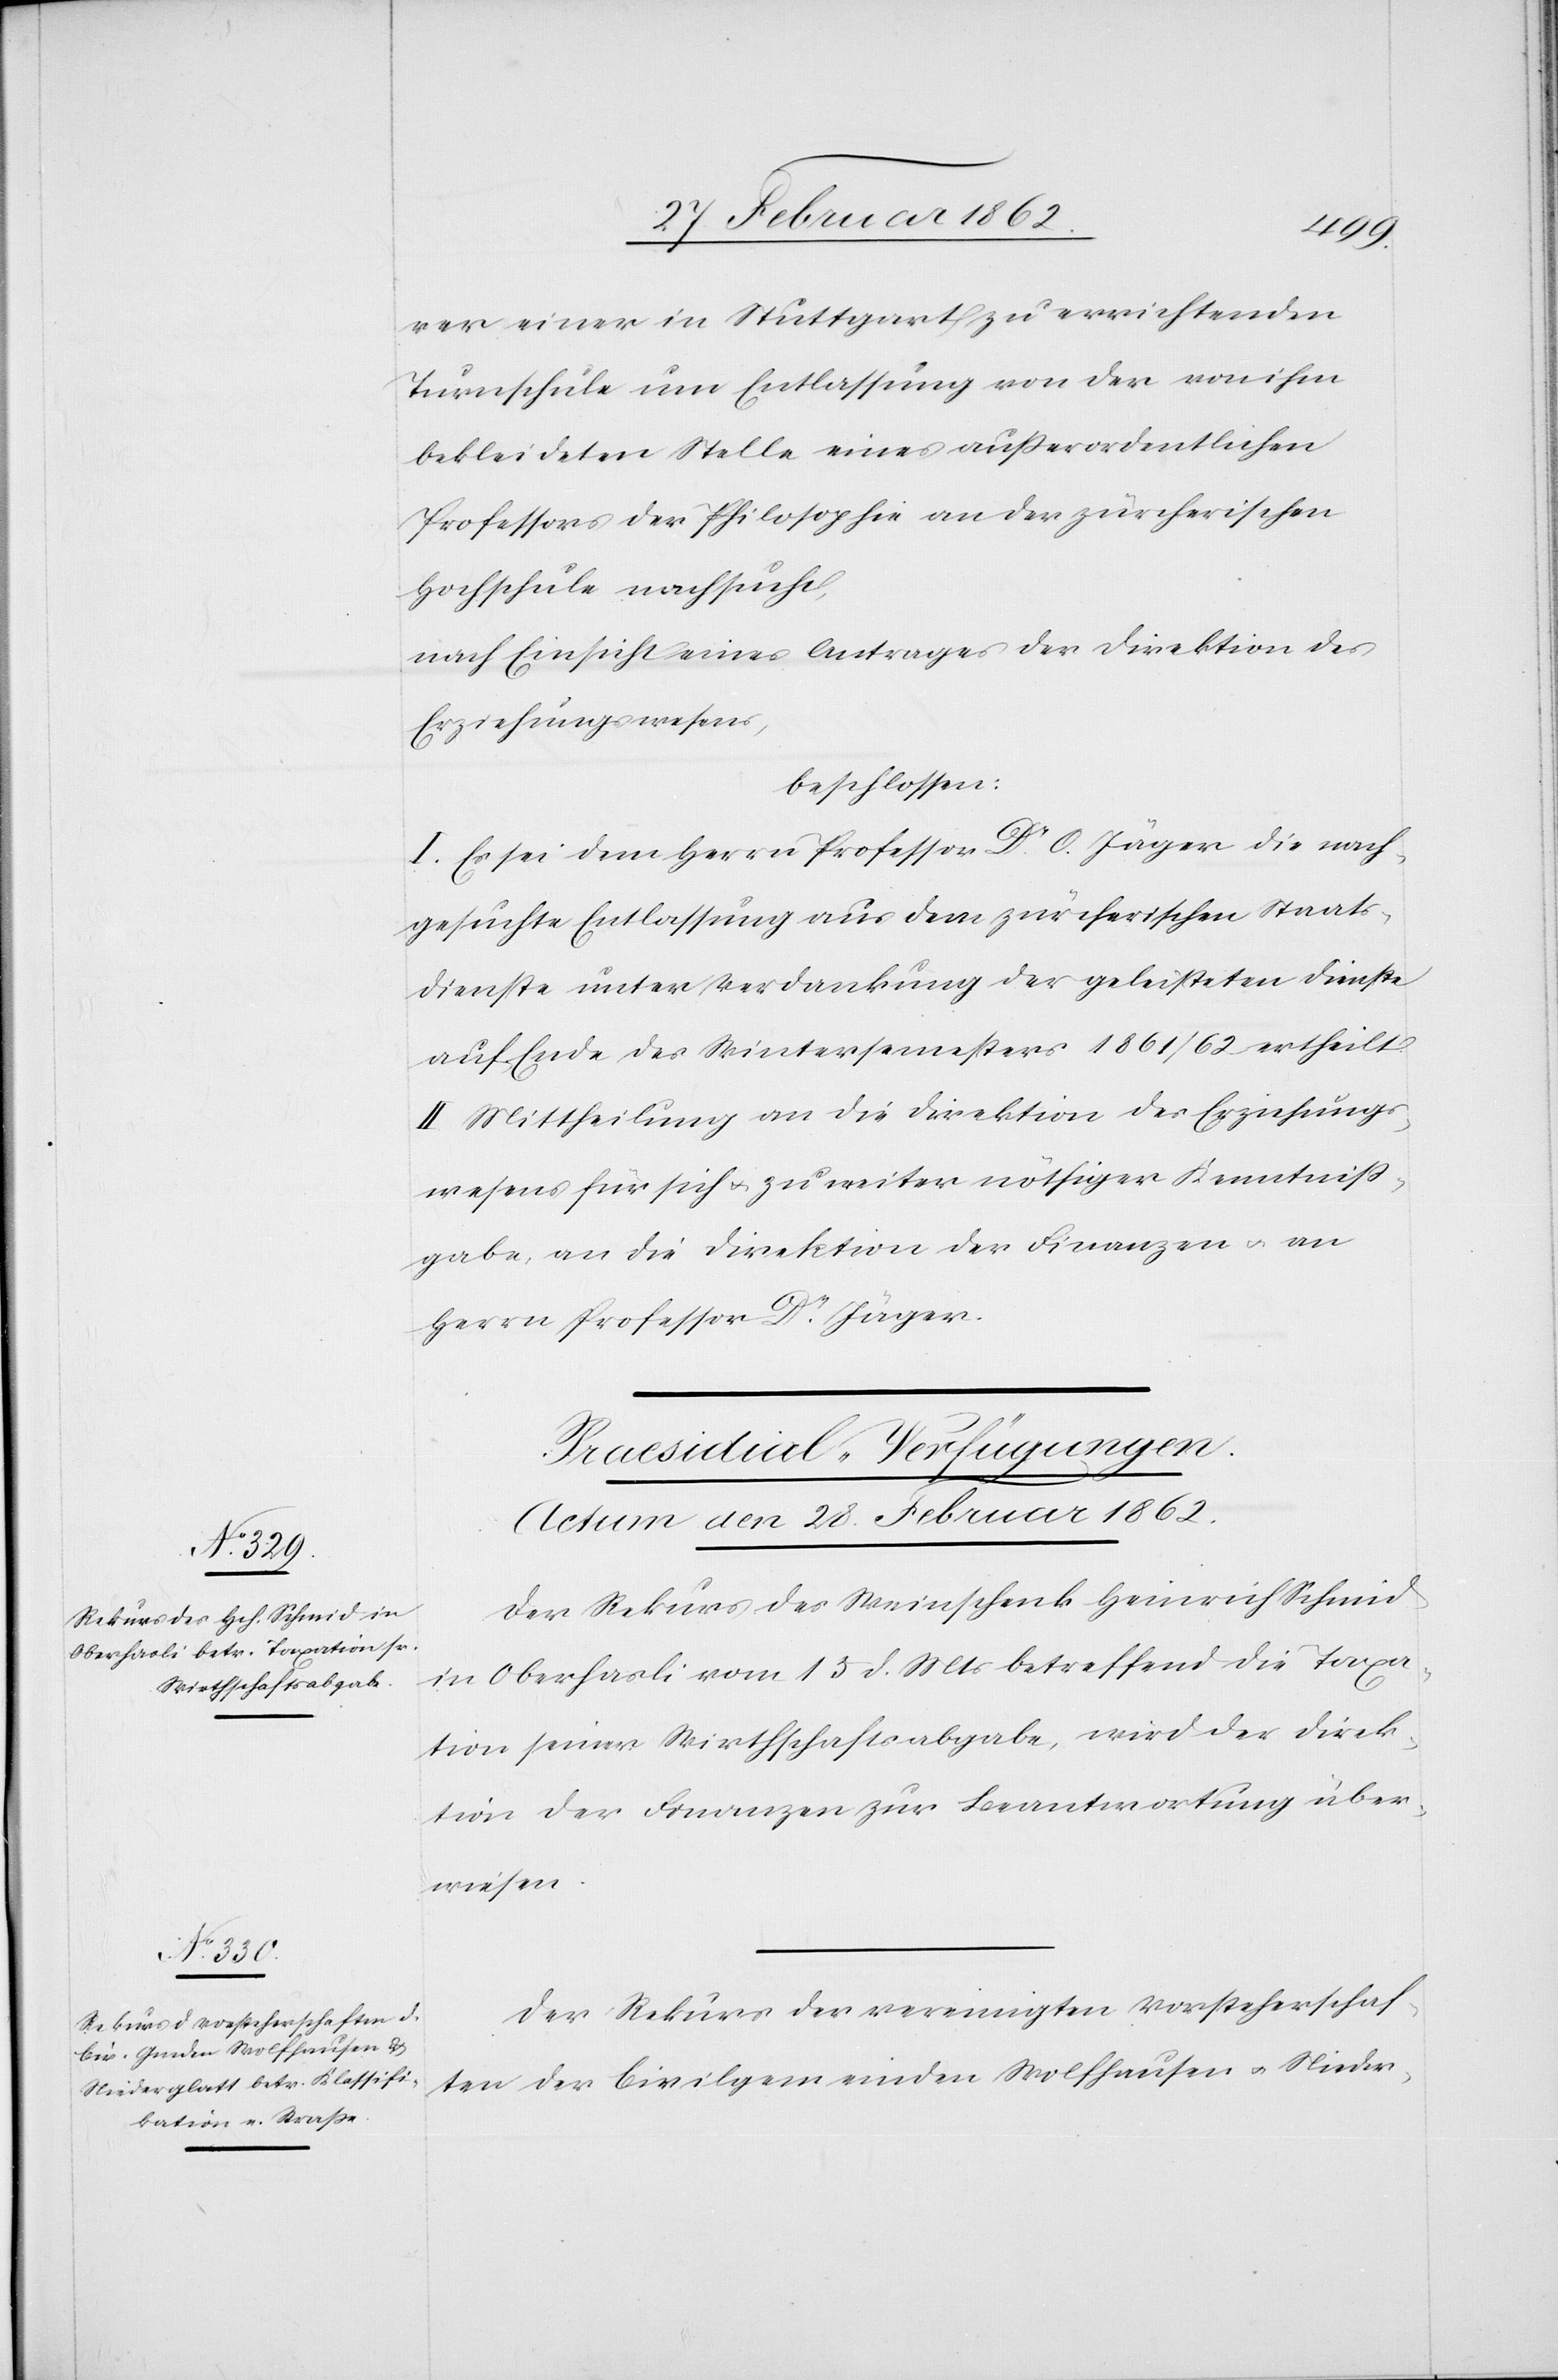
rer einer in Stuttgart zu errichtenden
Turnschule um Entlassung von der von ihm
bekleideten Stelle eines außerordentlichen
Professors der Philosophie an der zürcherischen
Hochschule nachgesucht,
nach Einsicht eines Antrages der Direktion des
Erziehungswesens,
beschlossen:
I. Es dem Herrn Professor Dr. O. Jäger die nach¬
gesuchte Entlassung aus dem zürcherischen Staats¬
dienste unter Verdankung der geleisteten Dienste
auf Ende des Wintersemesters 1861/62 ertheilt.
II. Mittheilung an die Direktion des Erziehungs¬
wesens für sich u. zu weiter nöthiger Kenntniß¬
gabe, an die Direktion der Finanzen u. an
Herrn Professor Dr. Jäger.
[Praesidial-Verfügungen.
Actum den 28. Februar 1862.]
Der Rekurs des Weinschenk Heinrich Schmid
in Oberhasli vom 15 d. Mts betreffend die Taxa¬
tion seiner Wirthschaftsabgabe, wird der Direk¬
tion der Finanzen zur Beantwortung über¬
wiesen.
Der Rekurs der vereinigten Vorsteherschaf¬
ten der Civilgemeinden Wolfhausen u. Nieder-